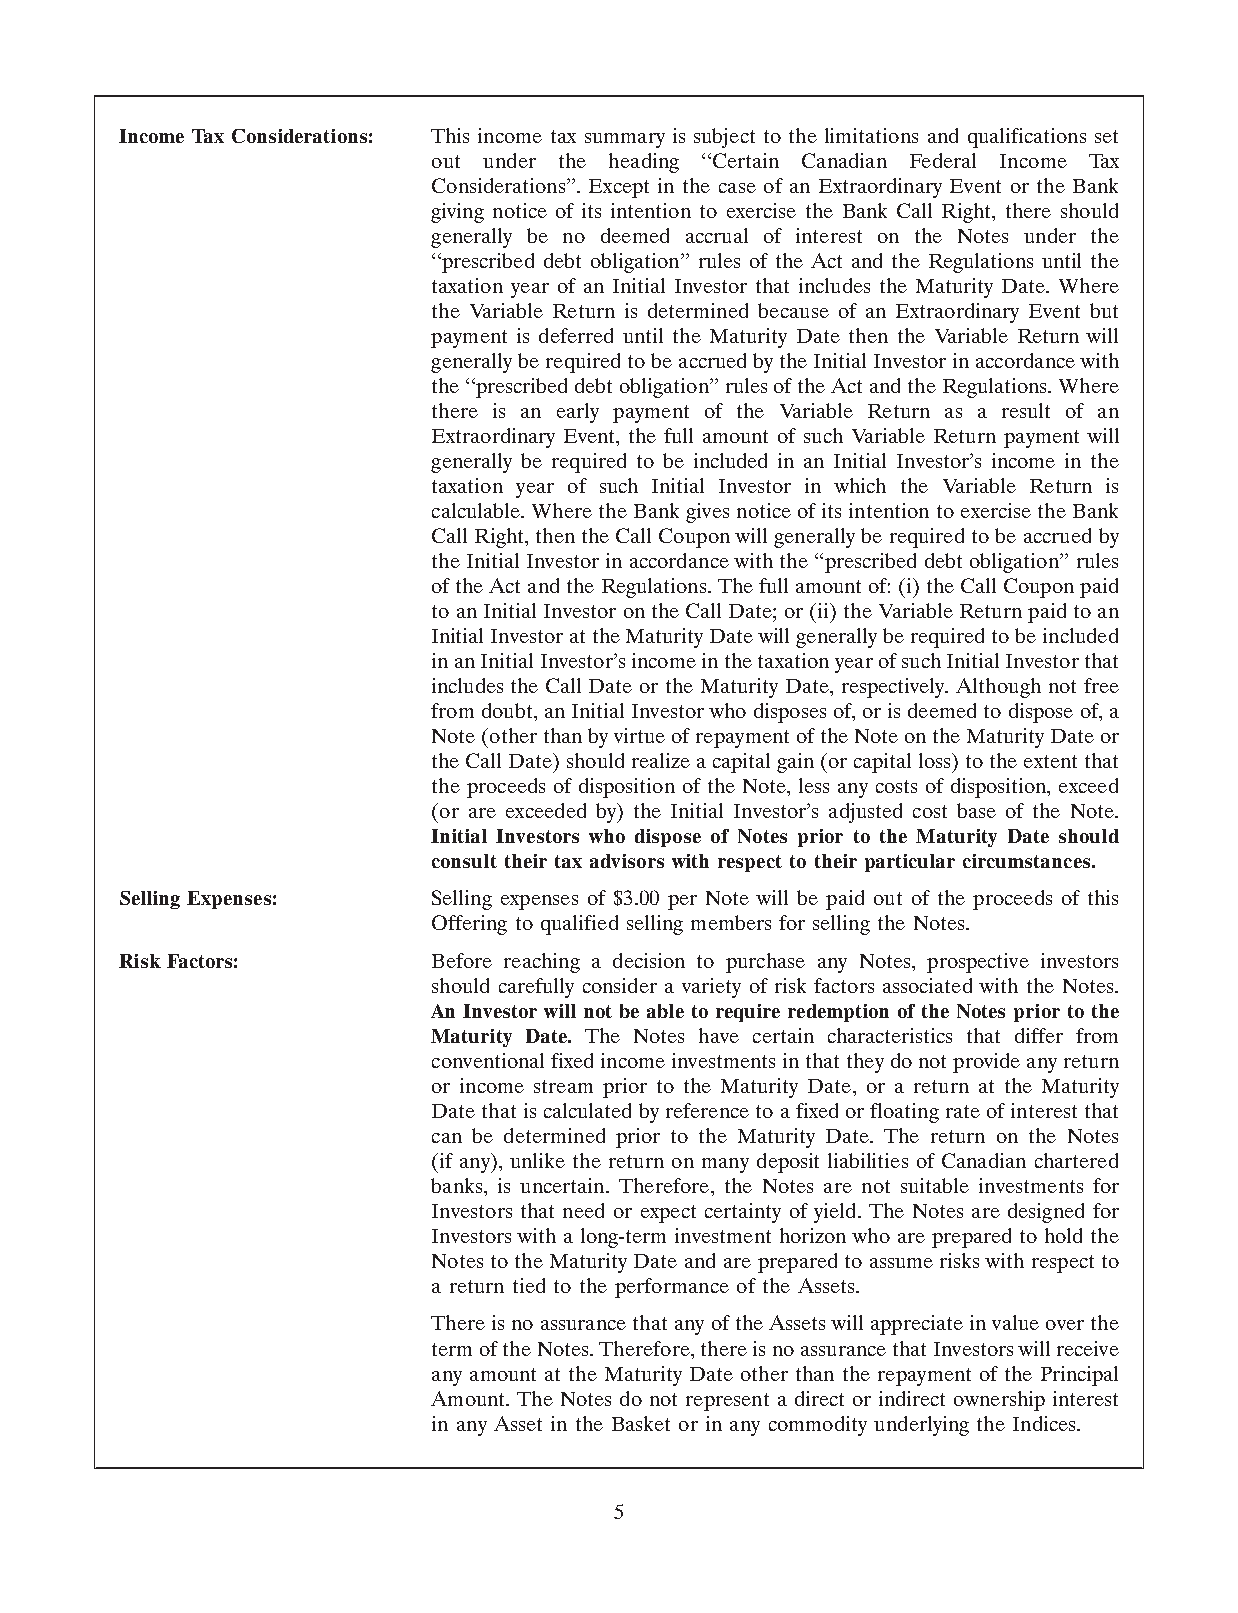
Income Tax Considerations: This income tax summary is subject to the limitations and qualifications set
 out under the heading ‘‘Certain Canadian Federal Income Tax
 Considerations’’. Except in the case of an Extraordinary Event or the Bank
 giving notice of its intention to exercise the Bank Call Right, there should
 generally be no deemed accrual of interest on the Notes under the
 ‘‘prescribed debt obligation’’ rules of the Act and the Regulations until the
 taxation year of an Initial Investor that includes the Maturity Date. Where
 the Variable Return is determined because of an Extraordinary Event but
 payment is deferred until the Maturity Date then the Variable Return will
 generally be required to be accrued by the Initial Investor in accordance with
 the ‘‘prescribed debt obligation’’ rules of the Act and the Regulations. Where
 there is an early payment of the Variable Return as a result of an
 Extraordinary Event, the full amount of such Variable Return payment will
 generally be required to be included in an Initial Investor’s income in the
 taxation year of such Initial Investor in which the Variable Return is
 calculable. Where the Bank gives notice of its intention to exercise the Bank
 Call Right, then the Call Coupon will generally be required to be accrued by
 the Initial Investor in accordance with the ‘‘prescribed debt obligation’’ rules
 of the Act and the Regulations. The full amount of: (i) the Call Coupon paid
 to an Initial Investor on the Call Date; or (ii) the Variable Return paid to an
 Initial Investor at the Maturity Date will generally be required to be included
 in an Initial Investor’s income in the taxation year of such Initial Investor that
 includes the Call Date or the Maturity Date, respectively. Although not free
 from doubt, an Initial Investor who disposes of, or is deemed to dispose of, a
 Note (other than by virtue of repayment of the Note on the Maturity Date or
 the Call Date) should realize a capital gain (or capital loss) to the extent that
 the proceeds of disposition of the Note, less any costs of disposition, exceed
 (or are exceeded by) the Initial Investor’s adjusted cost base of the Note.
 Initial Investors who dispose of Notes prior to the Maturity Date should
 consult their tax advisors with respect to their particular circumstances.
 Selling Expenses:    Selling expenses of $3.00 per Note will be paid out of the proceeds of this
 Offering to qualified selling members for selling the Notes.
 Risk Factors:        Before reaching a decision to purchase any Notes, prospective investors
 should carefully consider a variety of risk factors associated with the Notes.
 An Investor will not be able to require redemption of the Notes prior to the
 Maturity Date. The Notes have certain characteristics that differ from
 conventional fixed income investments in that they do not provide any return
 or income stream prior to the Maturity Date, or a return at the Maturity
 Date that is calculated by reference to a fixed or floating rate of interest that
 can be determined prior to the Maturity Date. The return on the Notes
 (if any), unlike the return on many deposit liabilities of Canadian chartered
 banks, is uncertain. Therefore, the Notes are not suitable investments for
 Investors that need or expect certainty of yield. The Notes are designed for
 Investors with a long-term investment horizon who are prepared to hold the
 Notes to the Maturity Date and are prepared to assume risks with respect to
 a return tied to the performance of the Assets.
 There is no assurance that any of the Assets will appreciate in value over the
 term of the Notes. Therefore, there is no assurance that Investors will receive
 any amount at the Maturity Date other than the repayment of the Principal
 Amount. The Notes do not represent a direct or indirect ownership interest
 in any Asset in the Basket or in any commodity underlying the Indices.
 5